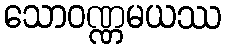
သောဝဏ္ဏမယဿ